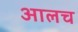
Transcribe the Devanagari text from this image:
आलच